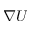
\nabla U